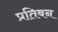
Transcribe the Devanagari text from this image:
प्रतिबन